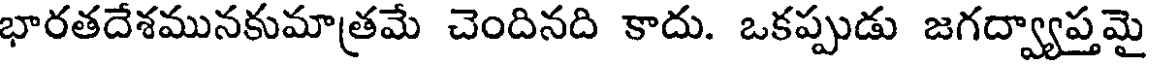
భారతదేశమునకుమాత్రమే చెందినది కాదు. ఒకప్పుడు జగద్వ్యాప్తమై